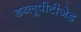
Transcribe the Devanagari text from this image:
डब्लूपीटीजेड